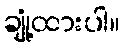
ချုံ့ထားပါ။